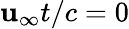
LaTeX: \mathbf{u}_{\infty}t/c=0